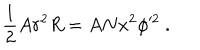
\frac { 1 } { 2 } A r ^ { 2 } R = A N x ^ { 2 } \phi ^ { 2 } \ .